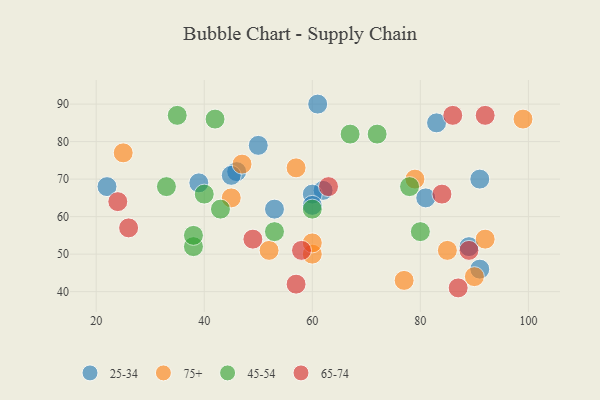
{"axis": {"x": "GDP", "y": "Life Expectancy"}, "legend": ["25-34", "45-54", "65-74", "75+"], "data": [{"x": "22", "y": 68, "type": "25-34"}, {"x": "53", "y": 62, "type": "25-34"}, {"x": "83", "y": 85, "type": "25-34"}, {"x": "62", "y": 67, "type": "25-34"}, {"x": "61", "y": 90, "type": "25-34"}, {"x": "39", "y": 69, "type": "25-34"}, {"x": "81", "y": 65, "type": "25-34"}, {"x": "91", "y": 46, "type": "25-34"}, {"x": "89", "y": 52, "type": "25-34"}, {"x": "60", "y": 66, "type": "25-34"}, {"x": "46", "y": 72, "type": "25-34"}, {"x": "91", "y": 70, "type": "25-34"}, {"x": "50", "y": 79, "type": "25-34"}, {"x": "60", "y": 63, "type": "25-34"}, {"x": "45", "y": 71, "type": "25-34"}, {"x": "52", "y": 51, "type": "75+"}, {"x": "57", "y": 73, "type": "75+"}, {"x": "47", "y": 74, "type": "75+"}, {"x": "60", "y": 50, "type": "75+"}, {"x": "45", "y": 65, "type": "75+"}, {"x": "85", "y": 51, "type": "75+"}, {"x": "92", "y": 54, "type": "75+"}, {"x": "25", "y": 77, "type": "75+"}, {"x": "60", "y": 53, "type": "75+"}, {"x": "99", "y": 86, "type": "75+"}, {"x": "90", "y": 44, "type": "75+"}, {"x": "79", "y": 70, "type": "75+"}, {"x": "77", "y": 43, "type": "75+"}, {"x": "35", "y": 87, "type": "45-54"}, {"x": "53", "y": 56, "type": "45-54"}, {"x": "80", "y": 56, "type": "45-54"}, {"x": "40", "y": 66, "type": "45-54"}, {"x": "72", "y": 82, "type": "45-54"}, {"x": "67", "y": 82, "type": "45-54"}, {"x": "33", "y": 68, "type": "45-54"}, {"x": "42", "y": 86, "type": "45-54"}, {"x": "60", "y": 62, "type": "45-54"}, {"x": "38", "y": 52, "type": "45-54"}, {"x": "43", "y": 62, "type": "45-54"}, {"x": "38", "y": 55, "type": "45-54"}, {"x": "78", "y": 68, "type": "45-54"}, {"x": "58", "y": 51, "type": "65-74"}, {"x": "84", "y": 66, "type": "65-74"}, {"x": "63", "y": 68, "type": "65-74"}, {"x": "57", "y": 42, "type": "65-74"}, {"x": "49", "y": 54, "type": "65-74"}, {"x": "89", "y": 51, "type": "65-74"}, {"x": "86", "y": 87, "type": "65-74"}, {"x": "26", "y": 57, "type": "65-74"}, {"x": "87", "y": 41, "type": "65-74"}, {"x": "92", "y": 87, "type": "65-74"}, {"x": "24", "y": 64, "type": "65-74"}]}